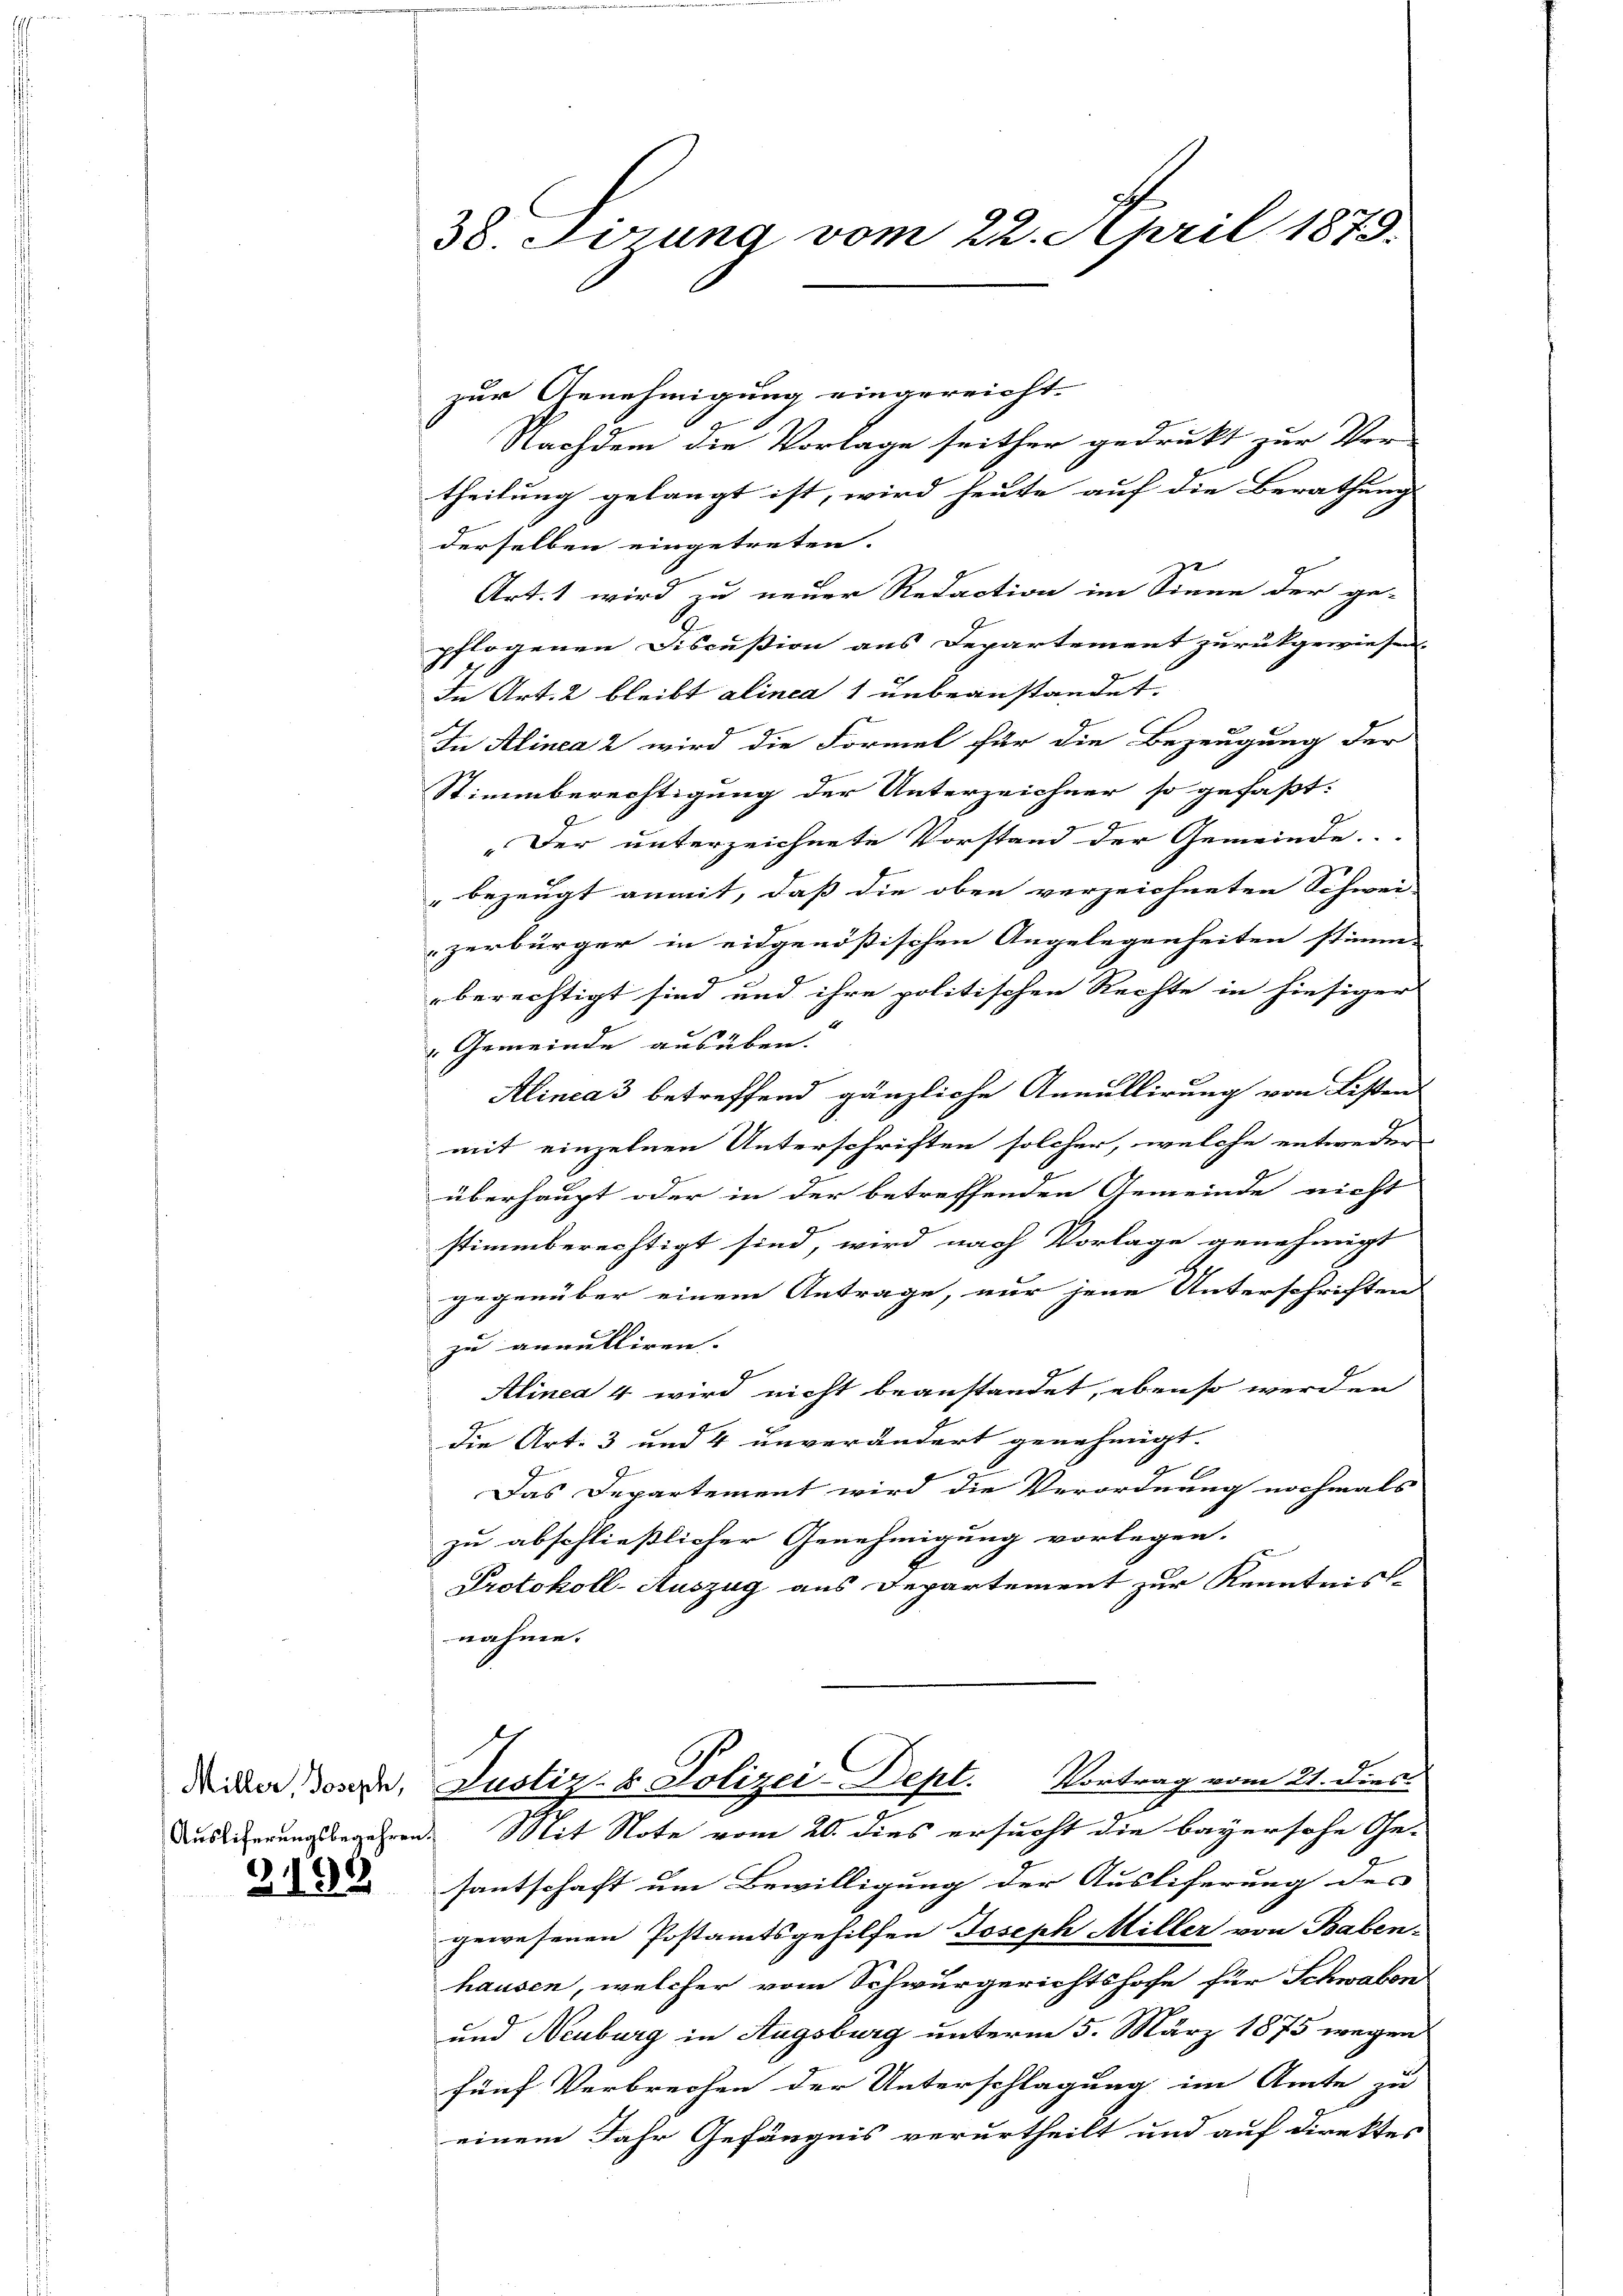
3192

38. Firung vom 22. April 1879.

zur Genehmigung eingereicht.
Nachdem die Vorlage seither gedrukt zur Ver-
theilung gelangt ist, wird heute auf die Berathung
derselben eingetreten.
Art. 1 wird zu neuer Redaction im Sinne der ge-
pflogenen Discussion aus Departement zurückgewiesen. |
In Art. 2 bleibt alinea 1 unbeanstandet.
In Alinea 2 wird die Formel für die Bezeugung der
Stimmberechtigung der Unterzeichner so gefaßt:
.
„Der unterzeichnete Vorstand der Gemeinde.
bezeugt anmit, daß die oben verzeichneten Schwei-
zerbürger in eidgenößischen Angelegenheiten stimm-
berechtigt sind und ihre politischen Rechte in hiesiger
"Gemeinde ausüben.
Alinea 3 betreffend gänzliche Annullirung von Listens
mit einzelnen Unterschriften solcher, welche entweder
überhaupt oder in der betreffenden Gemeinde nicht
stimmberechtigt sind, wird nach Vorlage genehmigt
gegenüber einem Antrage, nur jene Unterschriften
zu annulliren. |
Alinea 4 wird nicht beanstandet, ebenso werden
die Art. 3 und 4 unverändert genehmigt.
Das Departement wird die Verordnung nochmals
zu abschließlicher Genehmigung vorlegen.
Protokoll-Auszug aus Departement zur Kenntnisse
nahme.
Dider Forde, Justiz- & Polizei-Dept. Vortrag vom 21. Dies
Ausierungsbegehren. Mit Note vom 20. dies ersucht die bayersche Gesantschaft um Bewilligung der Ausliferung des |
gewesenen Postamtsgehilfen Joseph Miller von Baben-
hausen, welcher vom Schwurgerichtshofe für Schwaben
und Neuburg in Augsburg unterm 5. März 1875 wegen
fünf Verbrechen der Unterschlagung im Amte zu
einem Jahr Gefängnis verurtheilt und auf direktes